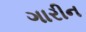
ગારીન